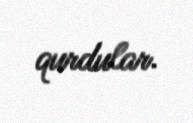
qurdular.